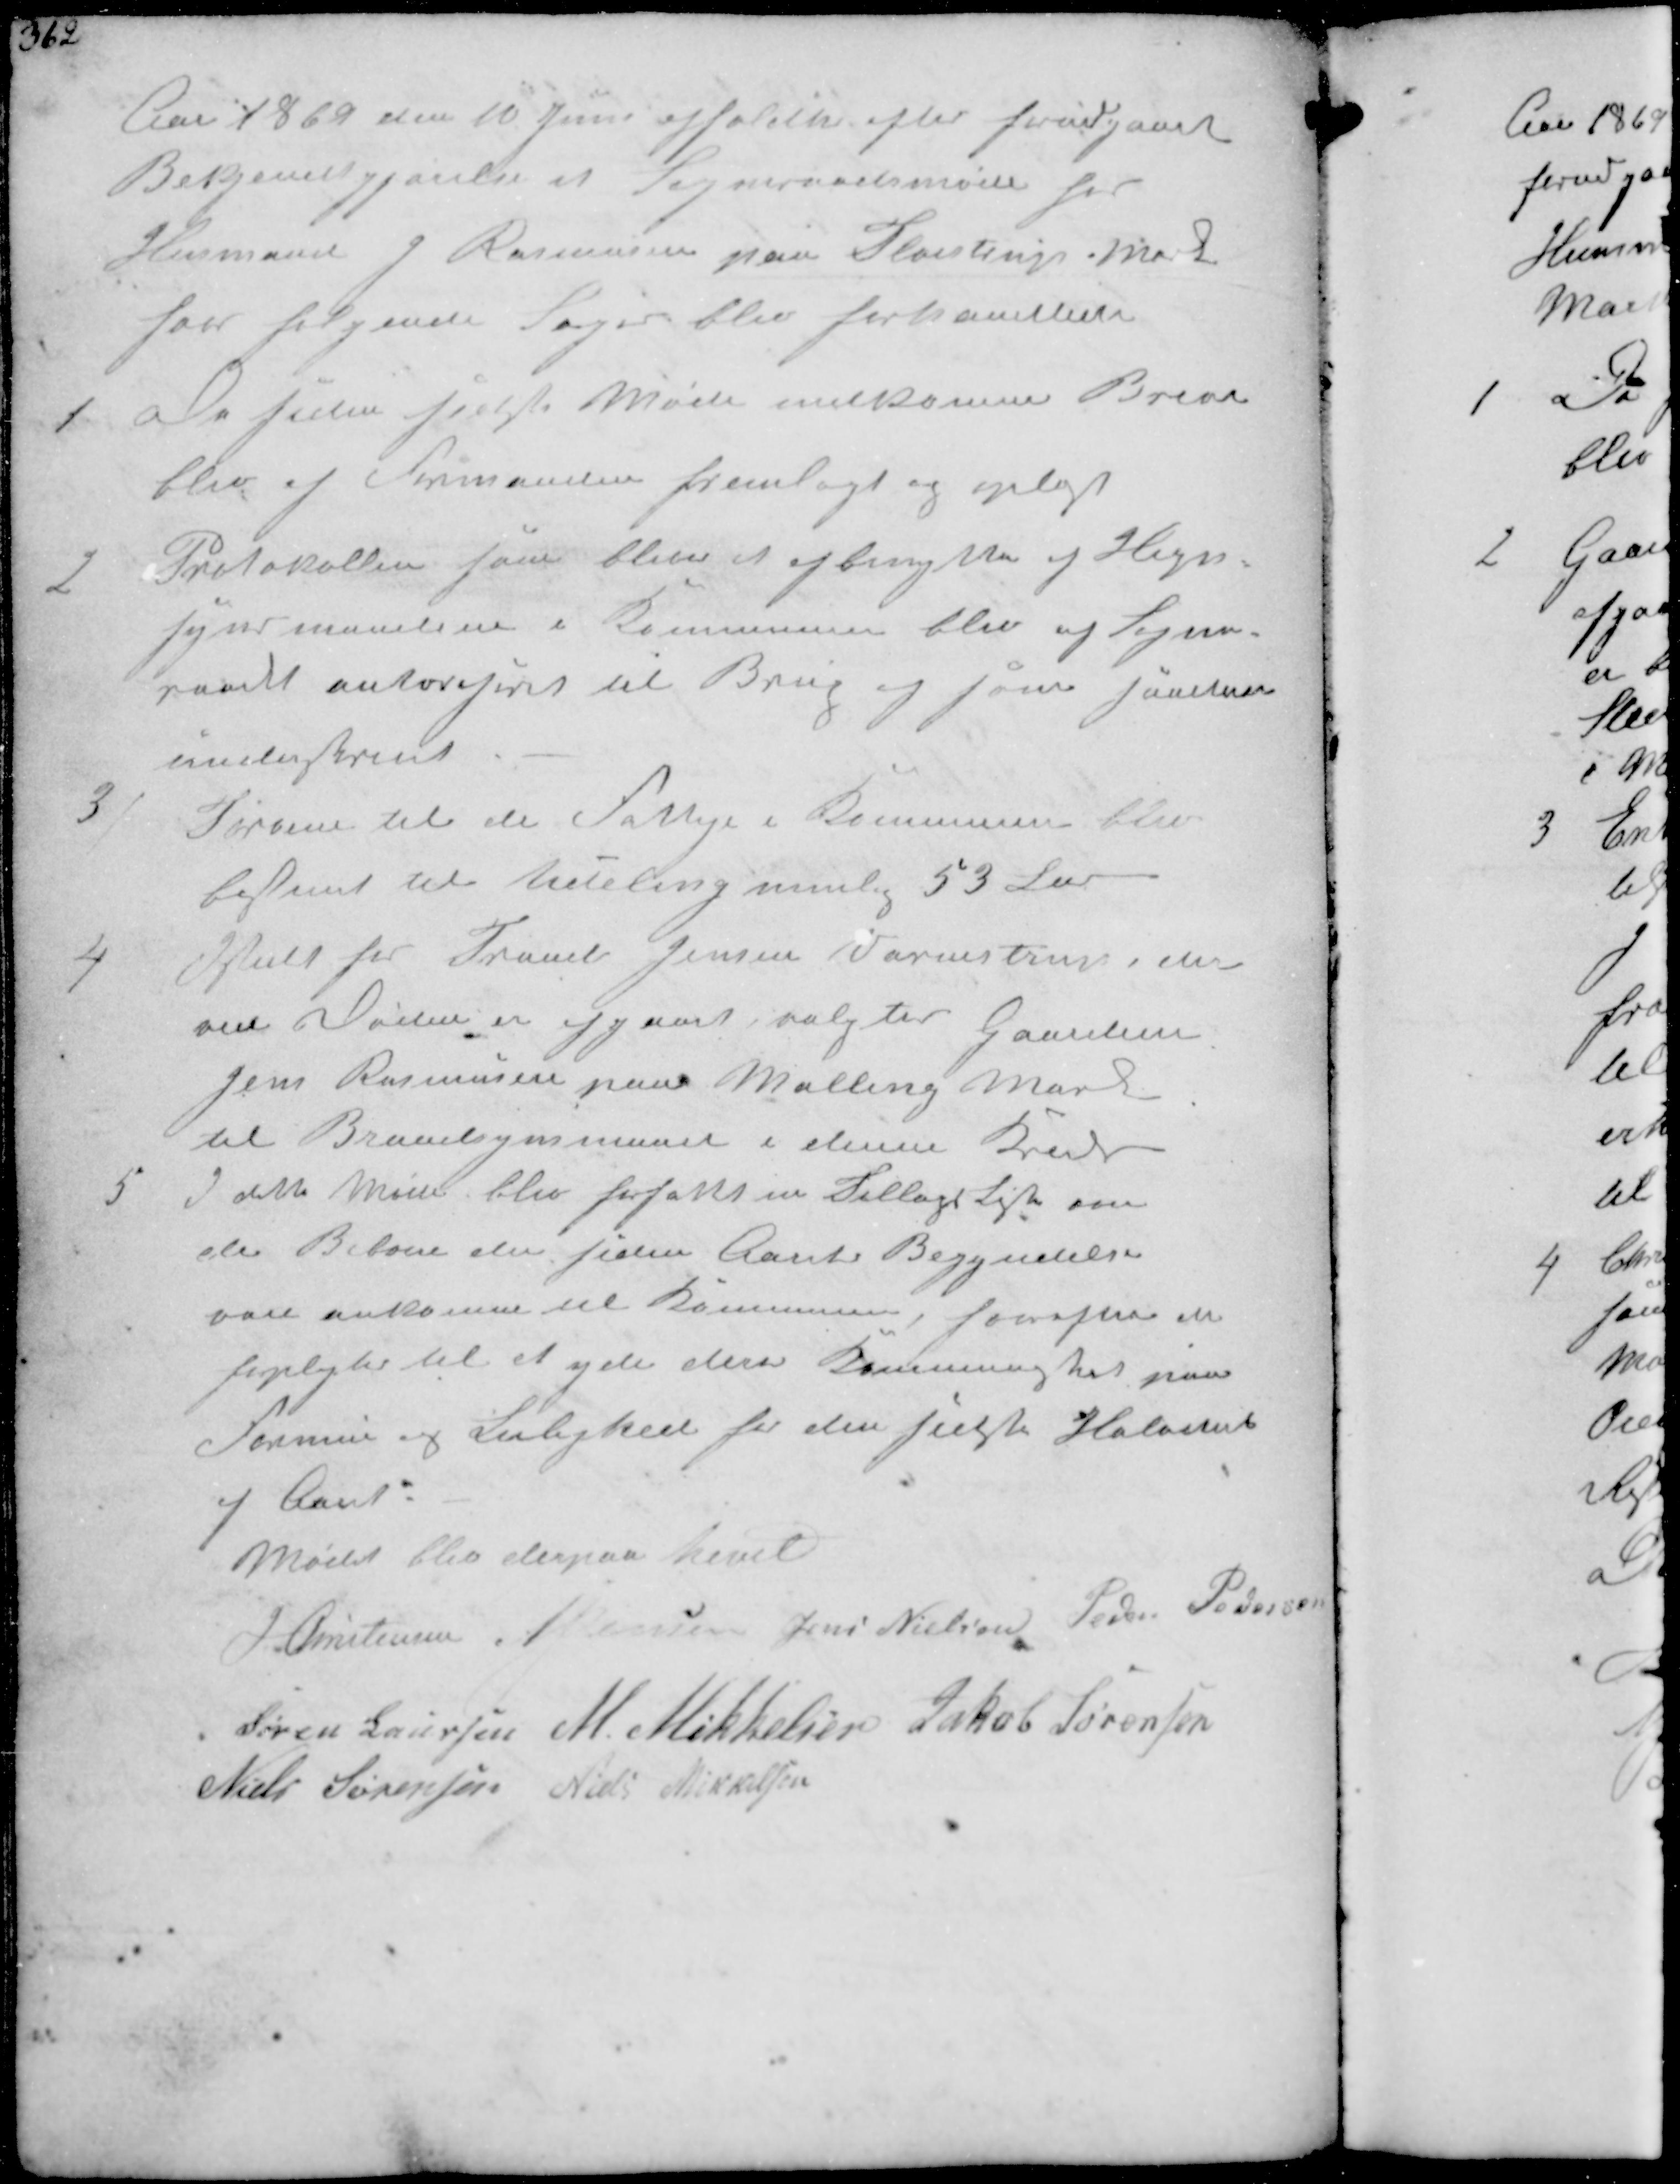
Transskription:
Aar 1860 den 10 Juni afholdtes efter forudgaaet
Bekjendtgjørelse et Sogneraadsmøde hos
Husmand J Rasmussen paa Fløistrup Mark 
hvor følgende Sager blev forhandlede

1
De siden sidste Møde indkomne Breve
blev af Formanden fremlagt og oplæst

2
Protokollen som bliver at afbenytte af Hegn-
synsmanden i Kommunen blev af Sogne-
raadet autoriseret til Brug og som saadan

underskrevet
3
Tørvene til de Fattige i Kommunen blev
bestemt til Uddeling nemlig 53 Læs

4
Istedet for Frands Jensen Vormstrup, der
ved Døden er afgaaet, valgtes Gaardm
Jens Rasmussen paa Malling Mark
til Brandsynsnmand i denne Kreds

5
I dette Møde blev forfattet en Tillægsliste om
de Beboere der siden Aarets Begyndelse
var ankomne til Kommunen, hvorefter de
forpligtes til et yde deres Kommuneskat paa
Formue og Leilighed for den sidste Halvdel
af Aaret.
Mødet blev derpaa hevet
J Christensen N Jensen Jens Nielsen Peder Pedersen
Søren Laursen M. Mikkelsen Jakob Sørensen
Niels Sørensen Niels Mikkelsen